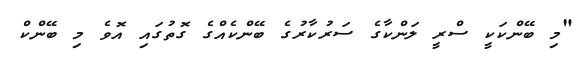
"މި ބޭންކަކީ ސްރީ ލަންކާގެ ސަރުކާރުގެ ބޭންކެއްގެ ގޮތުގައި އޮވެ މި ބޭންކް